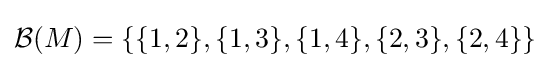
{\mathcal {B}}(M)=\{\{1,2\},\{1,3\},\{1,4\},\{2,3\},\{2,4\}\}